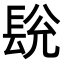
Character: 𮣽